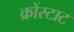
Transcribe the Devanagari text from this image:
क्रोंस्टाट